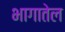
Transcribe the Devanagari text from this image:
भागातेल